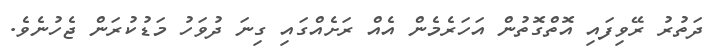
ދަތުރު ރޭވިފައި އޮތްގޮތުން އަހަރެމެން އެއް ރަށެއްގައި ގިނަ ދުވަހު މަޑުކުރަން ޖެހުނެވެ.